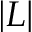
| L |